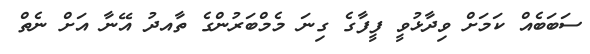
ސަބަބެއް ކަމަށް ވިދާޅުވީ ފީފާގެ ގިނަ މެމްބަރުންގެ ތާއދު އޭނާ އަށް ނެތް